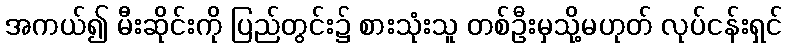
အကယ်၍ မီးဆိုင်းကို ပြည်တွင်း၌ စားသုံးသူ တစ်ဦးမှသို့မဟုတ် လုပ်ငန်းရှင်